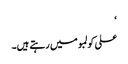
‘
علی کولمبو میں رہتے ہیں۔